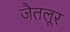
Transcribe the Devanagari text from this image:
जैतलूर